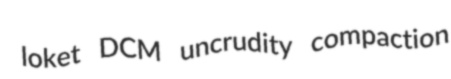
loket DCM uncrudity compaction